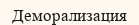
Деморализация